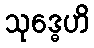
သုဒ္ဓေဟိ